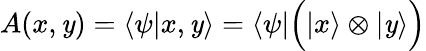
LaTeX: A(x,\mathit{y})=\langle\psi|x,\mathit{y}\rangle=\langle\psi|{\Big(}|x\rangle\otimes|\mathit{y}\rangle{\Big)}